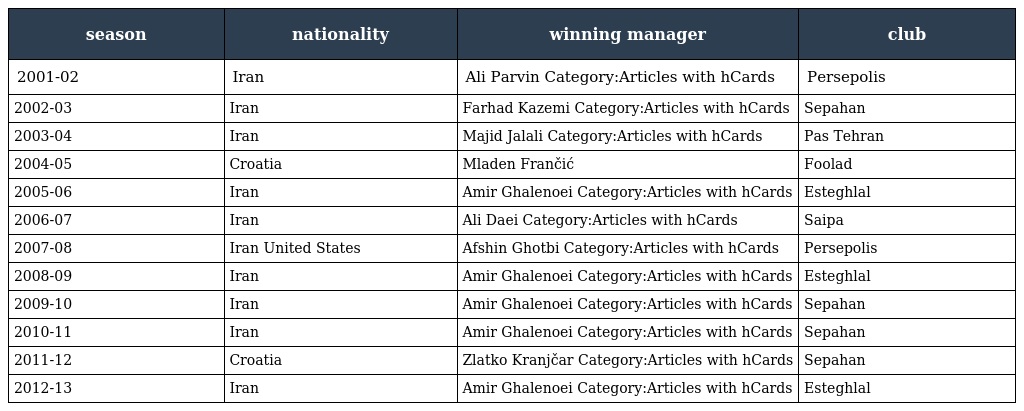
| season | nationality | winning manager | club |
 | --- | --- | --- | --- |
 | 2001-02 | Iran | Ali Parvin Category:Articles with hCards | Persepolis |
 | 2002-03 | Iran | Farhad Kazemi Category:Articles with hCards | Sepahan |
 | 2003-04 | Iran | Majid Jalali Category:Articles with hCards | Pas Tehran |
 | 2004-05 | Croatia | Mladen Frančić | Foolad |
 | 2005-06 | Iran | Amir Ghalenoei Category:Articles with hCards | Esteghlal |
 | 2006-07 | Iran | Ali Daei Category:Articles with hCards | Saipa |
 | 2007-08 | Iran United States | Afshin Ghotbi Category:Articles with hCards | Persepolis |
 | 2008-09 | Iran | Amir Ghalenoei Category:Articles with hCards | Esteghlal |
 | 2009-10 | Iran | Amir Ghalenoei Category:Articles with hCards | Sepahan |
 | 2010-11 | Iran | Amir Ghalenoei Category:Articles with hCards | Sepahan |
 | 2011-12 | Croatia | Zlatko Kranjčar Category:Articles with hCards | Sepahan |
 | 2012-13 | Iran | Amir Ghalenoei Category:Articles with hCards | Esteghlal |